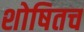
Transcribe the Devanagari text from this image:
शोषितच